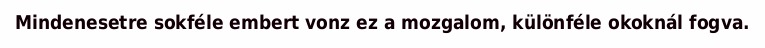
Mindenesetre sokféle embert vonz ez a mozgalom, különféle okoknál fogva.